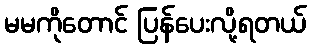
မမကိုတောင် ပြန်ပေးလို့ရတယ်